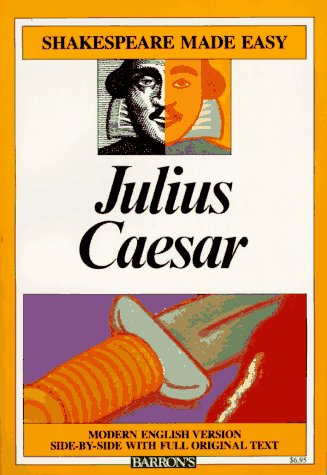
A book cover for Julius Caesar (Shakespeare Made Easy); William Shakespeare; Literature & Fiction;